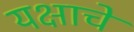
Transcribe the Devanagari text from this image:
यक्षाचे